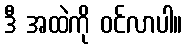
ဒီ အထဲကို ဝင်လာပါ။